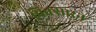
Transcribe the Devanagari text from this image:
पिक्सारने